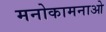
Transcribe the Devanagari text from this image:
मनोकामनाओ